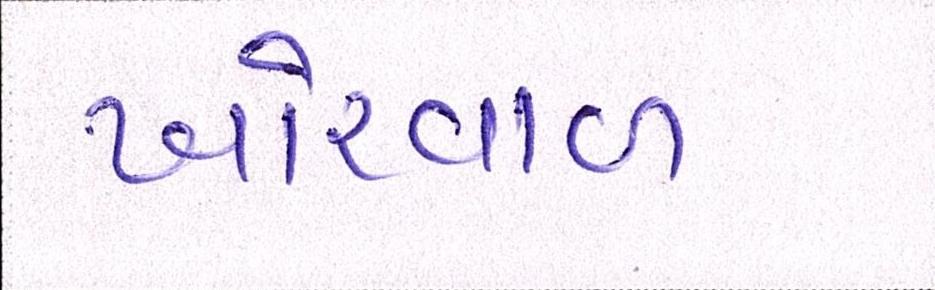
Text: ખોરવાળ